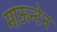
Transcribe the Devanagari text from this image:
माऊन्टेन